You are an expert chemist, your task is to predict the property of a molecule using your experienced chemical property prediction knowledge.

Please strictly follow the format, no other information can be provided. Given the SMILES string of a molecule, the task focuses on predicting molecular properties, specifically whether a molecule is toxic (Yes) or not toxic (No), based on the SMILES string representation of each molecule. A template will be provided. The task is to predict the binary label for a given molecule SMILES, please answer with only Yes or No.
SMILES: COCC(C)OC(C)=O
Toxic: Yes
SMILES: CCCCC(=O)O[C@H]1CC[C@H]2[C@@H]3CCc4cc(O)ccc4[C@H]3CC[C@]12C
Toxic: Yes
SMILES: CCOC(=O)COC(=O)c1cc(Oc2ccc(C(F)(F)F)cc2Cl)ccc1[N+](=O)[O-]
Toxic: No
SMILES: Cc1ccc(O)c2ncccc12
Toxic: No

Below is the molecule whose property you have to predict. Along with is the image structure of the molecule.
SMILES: CCCN(CCC)c1c([N+](=O)[O-])cc(C(C)C)cc1[N+](=O)[O-]
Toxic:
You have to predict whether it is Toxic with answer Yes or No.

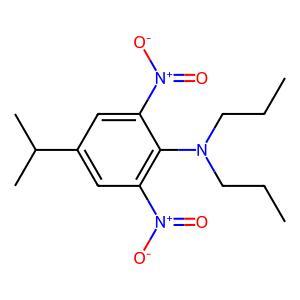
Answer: No